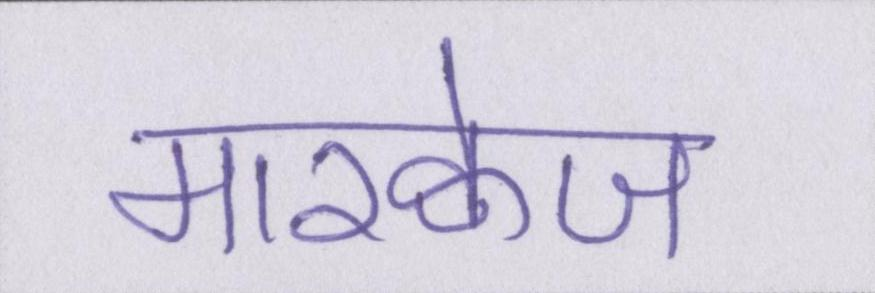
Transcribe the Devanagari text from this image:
मारक्वेज